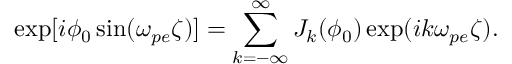
\exp [ i \phi _ { 0 } \sin ( \omega _ { p e } \zeta ) ] = \sum _ { k = - \infty } ^ { \infty } J _ { k } ( \phi _ { 0 } ) \exp ( i k \omega _ { p e } \zeta ) .